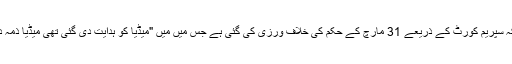
جمعیۃ علماء کی عرضی میں عدالت کے نوٹس میں یہ بات بھی لائی گئی ہے کہ سپریم کورٹ کے ذریعے 31 مارچ کے حکم کی خلاف ورزی کی گئی ہے جس میں میں "میڈیا کو ہدایت دی گئی تھی میڈیا ذمہ داری کے ساتھ رپورٹنگ کریں اور غیر تصدیق شدہ خبریں شائع اور نشر نہ ہوں۔